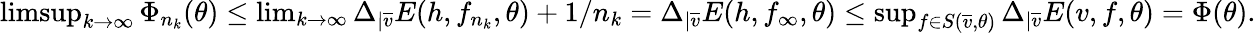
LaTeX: \begin{array}{r}{\operatorname*{limsup}_{k\rightarrow\infty}\Phi_{n_{k}}(\theta)\leq\operatorname*{lim}_{k\rightarrow\infty}\Delta_{|\overline{v}}E(h,f_{n_{k}},\theta)+1/n_{k}=\Delta_{|\overline{v}}E(h,f_{\infty},\theta)\leq\operatorname*{sup}_{f\in S(\overline{v},\theta)}\Delta_{|\overline{v}}E(v,f,\theta)=\Phi(\theta).}\end{array}